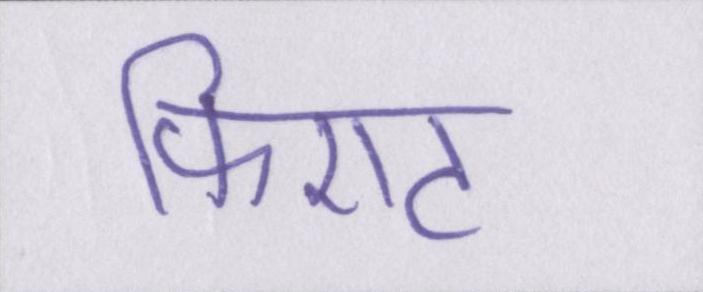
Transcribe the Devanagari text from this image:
फिएट